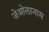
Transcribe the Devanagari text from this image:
जेओलानाम